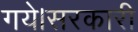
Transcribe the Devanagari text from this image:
गये।सरकारी